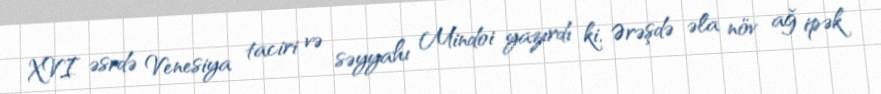
XVI əsrdə Venesiya taciri və səyyahı Mindoi yazırdı ki, Ərəşdə əla növ ağ ipək